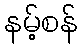
နမ့်စန်